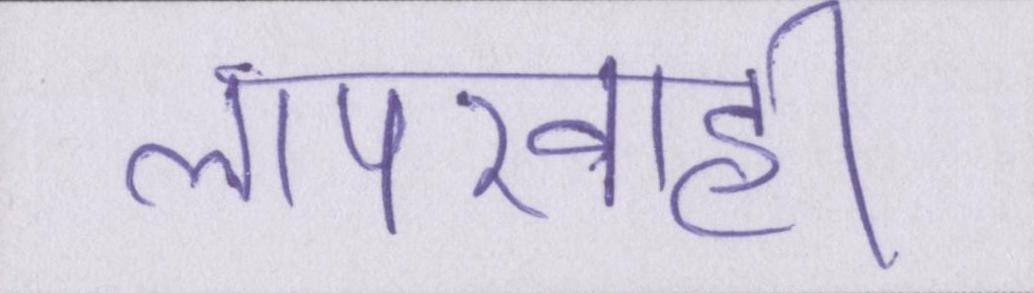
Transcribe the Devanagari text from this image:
लापरवाही